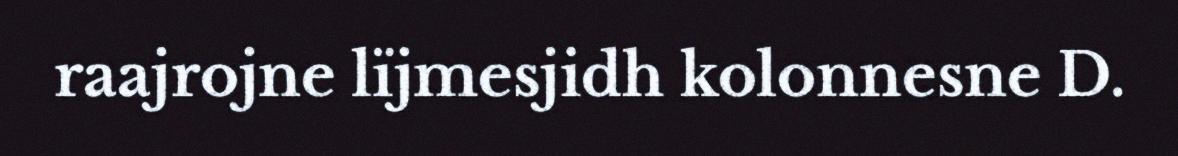
raajrojne lïjmesjidh kolonnesne D.